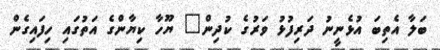
ބަލާ އެތިބަ އުޅެނީނު ދަރިފުޅު ވަރުގެ ކުދިން" ޔޫހާ ކިޔާންގެ އަތުގައި ހިފައިގެން